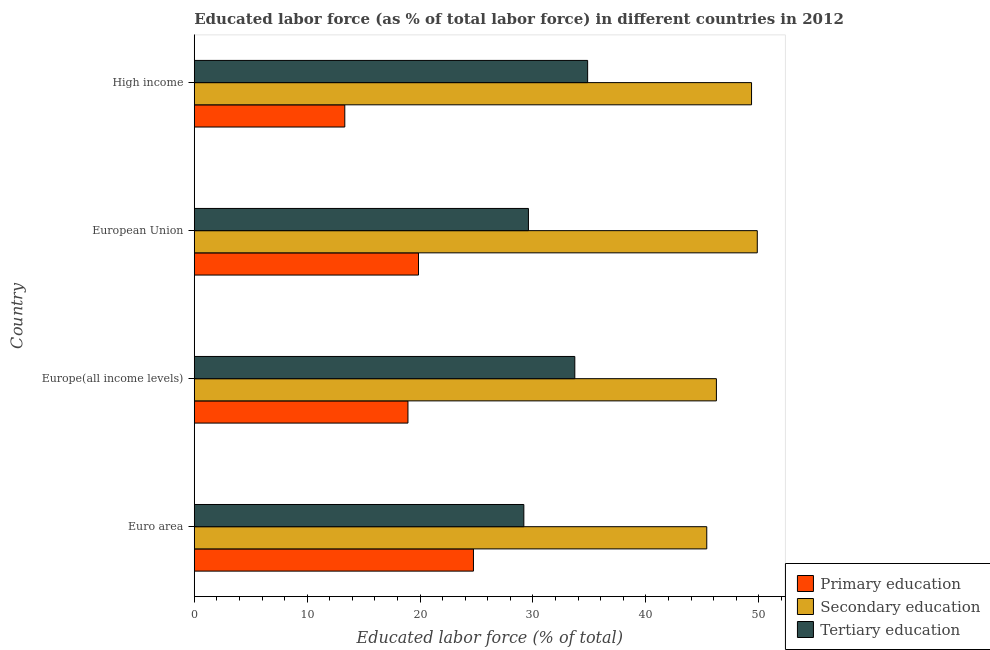
| Country | Primary education | Secondary education | Tertiary education |
 | --- | --- | --- | --- |
 | Euro area | 24.7 | 45.4 | 29.2 |
 | Europe(all income levels) | 18.9 | 46.2 | 33.7 |
 | European Union | 19.9 | 49.9 | 29.6 |
 | High income | 13.3 | 49.4 | 34.8 |